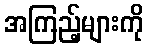
အကြည့်များကို